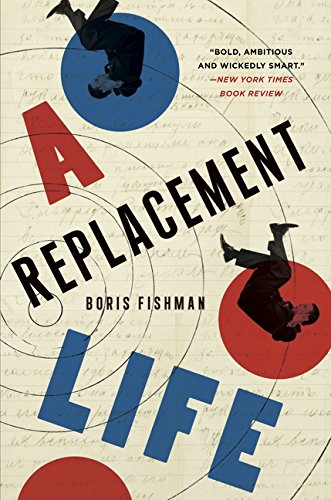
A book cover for A Replacement Life: A Novel (P.S.); Boris Fishman; Literature & Fiction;